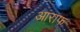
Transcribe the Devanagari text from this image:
आराफ